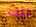
تلك